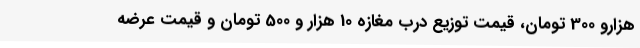
هزارو 300 تومان، قیمت توزیع درب مغازه 10 هزار و 500 تومان و قیمت عرضه